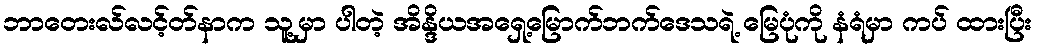
ဘာတေးလ်လင့်တ်နာက သူ့မှာ ပါတဲ့ အိန္ဒိယအရှေ့မြောက်ဘက်ဒေသရဲ့ မြေပုံကို နံရံမှာ ကပ် ထားပြီး